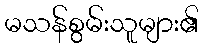
မသန်စွမ်းသူများ၏